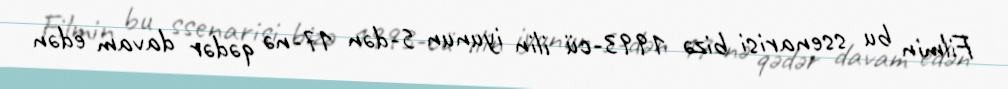
Filmin bu ssenarisi bizə 1993-cü ilin iyunun 5-dən 17-nə qədər davam edən